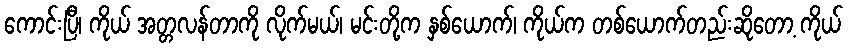
ကောင်းပြီ၊ ကိုယ် အတ္တလန်တာကို လိုက်မယ်၊ မင်းတို့က နှစ်ယောက်၊ ကိုယ်က တစ်ယောက်တည်းဆိုတော့ ကိုယ်